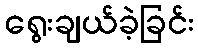
ရွေးချယ်ခဲ့ခြင်း